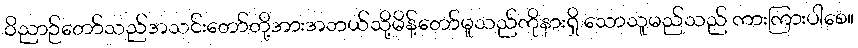
ဝိညာဉ်တော်သည်အသင်းတော်တို့အားအဘယ်သို့မိန့်တော်မူသည်ကိုနားရှိ သောသူမည်သည် ကားကြားပါစေ။